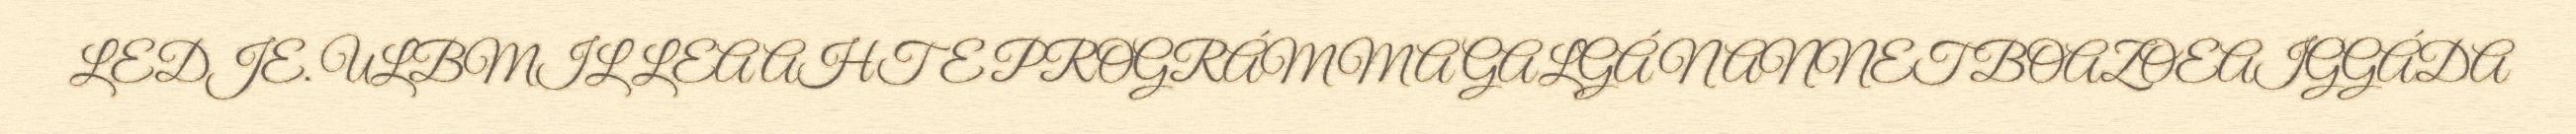
LEDJE. ULBMIL LEA AHTE PROGRÁMMA GALGÁ NANNET BOAZOEAIGGÁDA